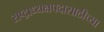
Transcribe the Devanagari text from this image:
राष्ट्राध्यक्षपदासाठीच्या